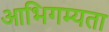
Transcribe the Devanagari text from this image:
आभिगम्यता